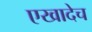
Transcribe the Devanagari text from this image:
एखादेच